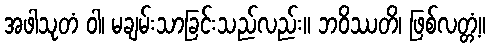
အဖါသုတံ ဝါ၊ မချမ်းသာခြင်းသည်လည်း။ ဘဝိဿတိ၊ ဖြစ်လတ္တံ့။